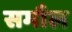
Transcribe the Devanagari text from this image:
समौल